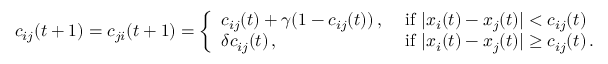
c _ { i j } ( t + 1 ) = c _ { j i } ( t + 1 ) = \left\{ \begin{array} { l l } { c _ { i j } ( t ) + \gamma ( 1 - c _ { i j } ( t ) ) \, , } & { \mathrm { ~ i f ~ } | x _ { i } ( t ) - x _ { j } ( t ) | < c _ { i j } ( t ) } \\ { \delta c _ { i j } ( t ) \, , } & { \mathrm { ~ i f ~ } | x _ { i } ( t ) - x _ { j } ( t ) | \geq c _ { i j } ( t ) \, . } \end{array} \right.